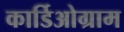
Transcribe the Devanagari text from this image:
कार्डिओग्राम